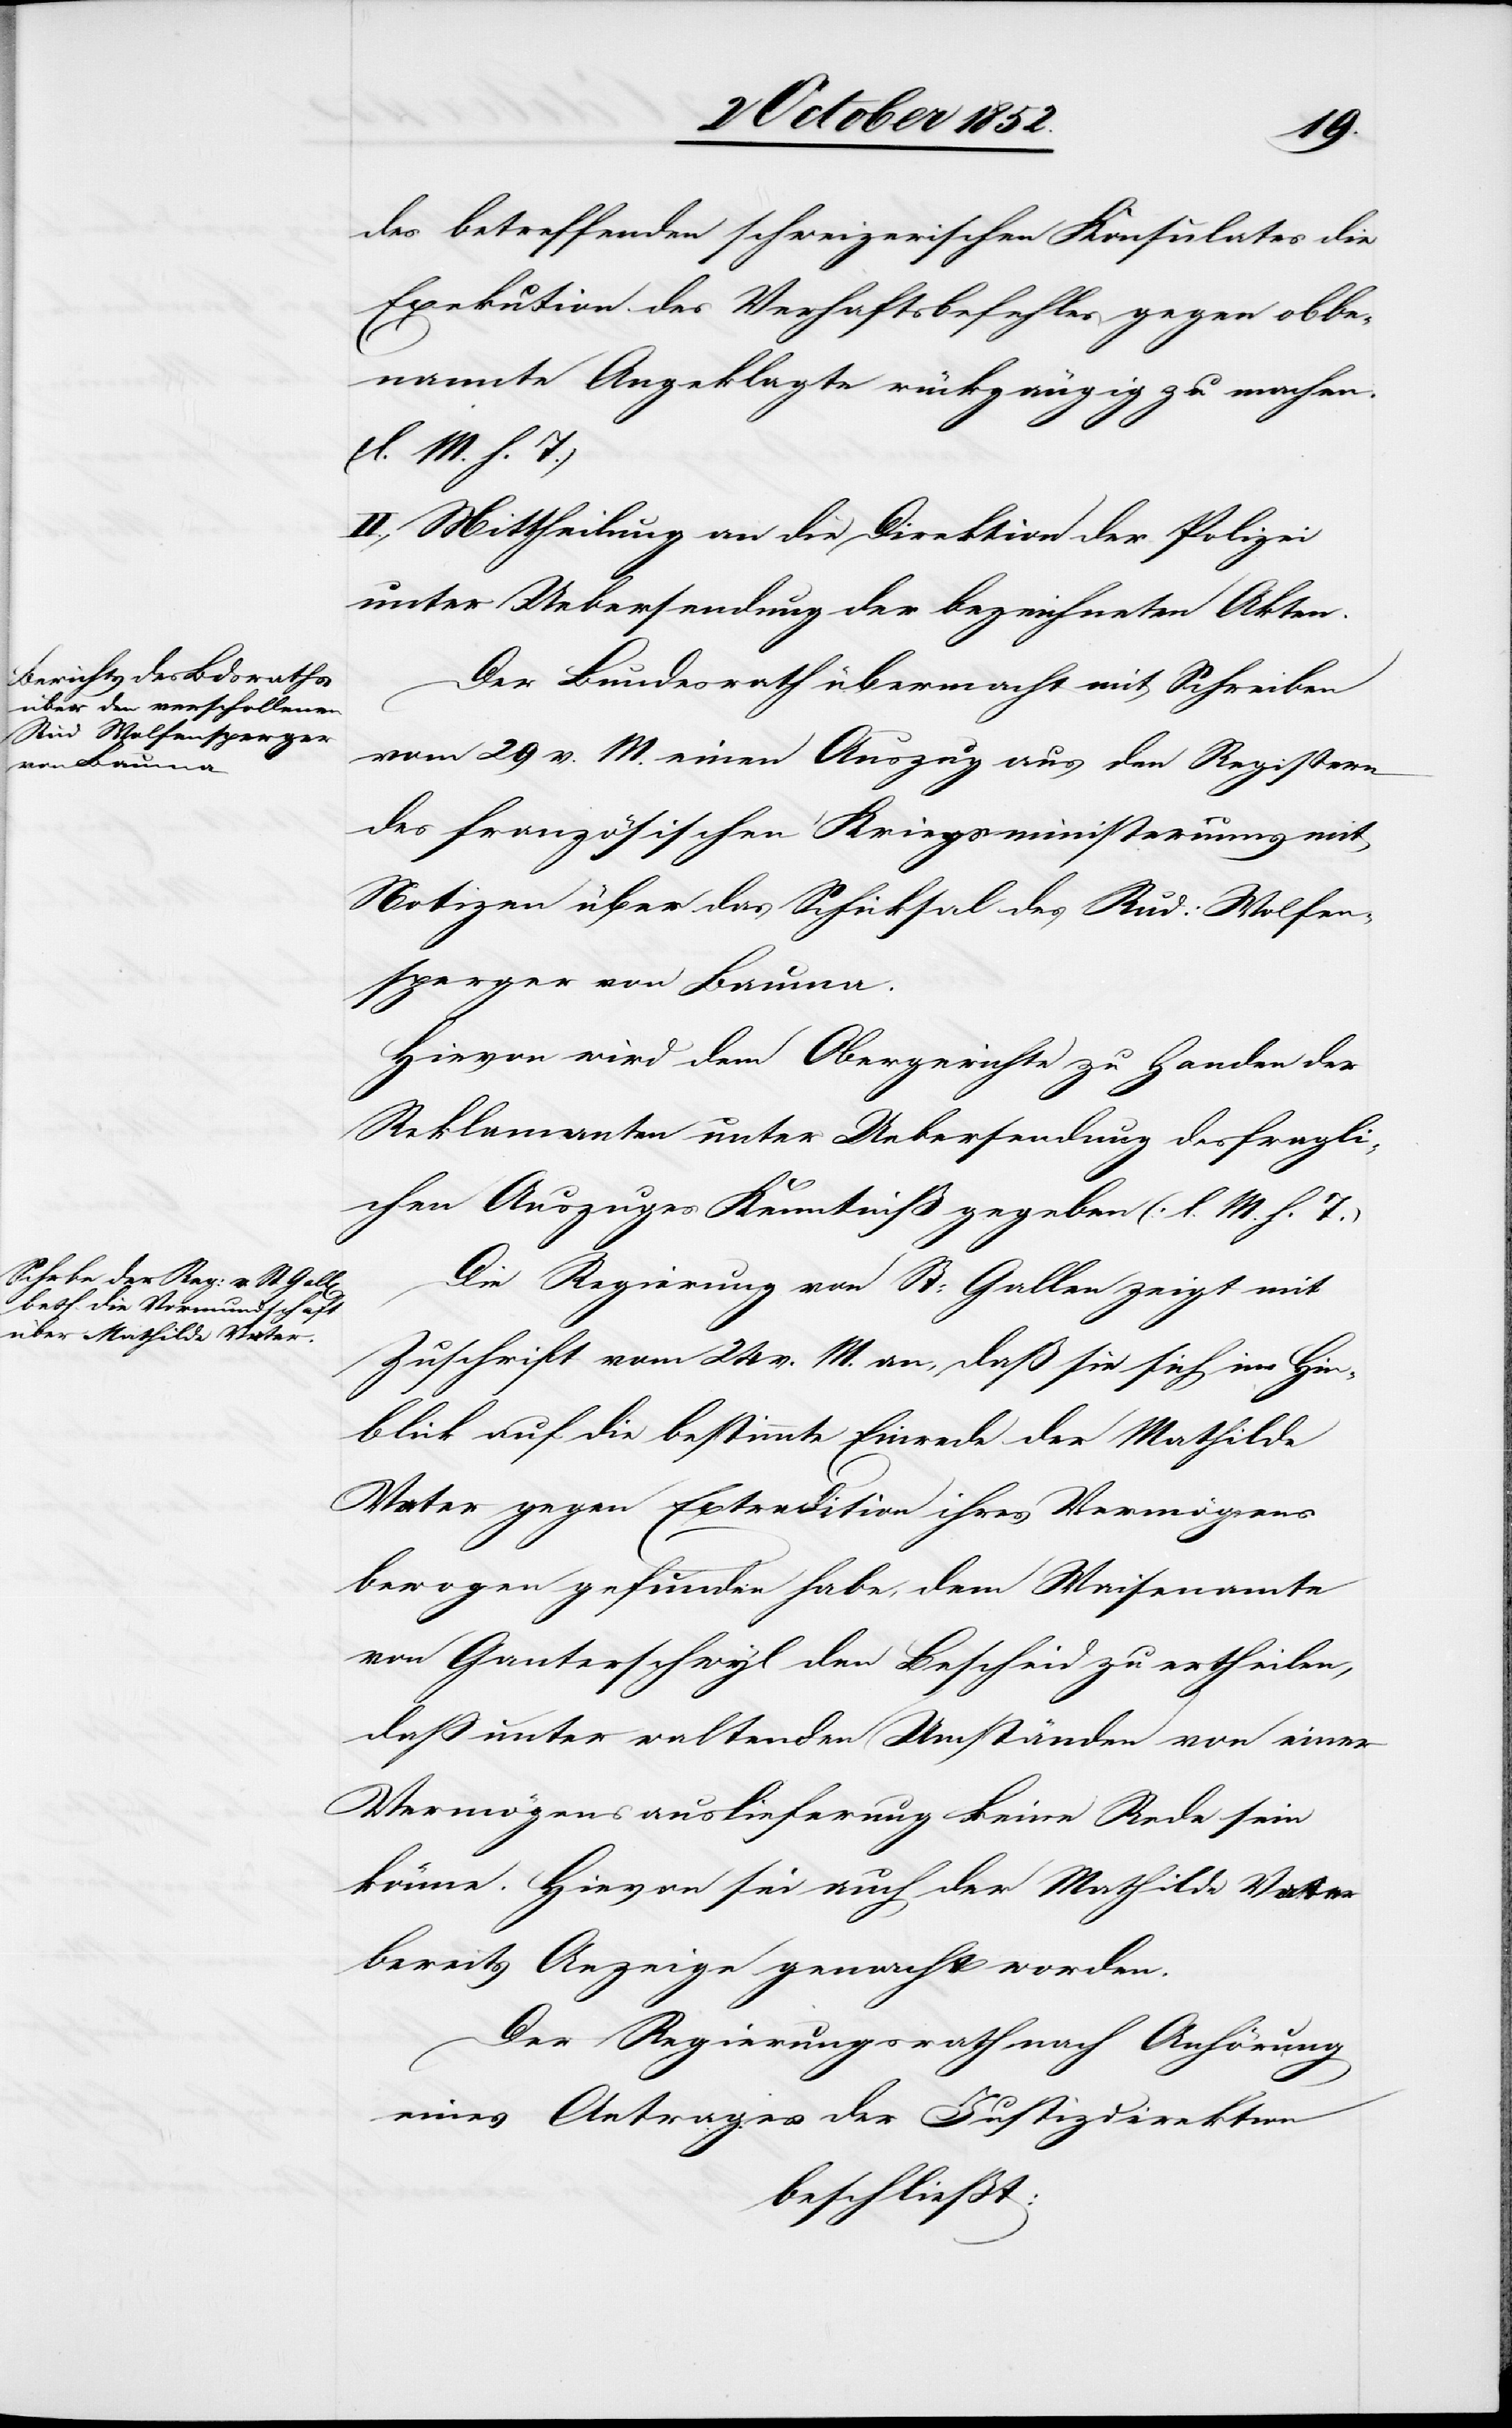
des betreffenden schweizerischen Konsulates die
Exekution des Verhaftsbefehles gegen obbe¬
nannte Angeklagte rückgängig zu machen.
(l. M. h. T.)
II., Mittheilung an die Direktion der Polizei
unter Uebersendung der bezeichneten Akten.
Der Bundesrath übermacht mit Schreiben
vom 29 v. M. einen Auszug aus den Registern
des französischen Kriegsministeriums mit
Notizen über das Schicksal des Rud: Wolfen¬
sperger von Bauma.
Hievon wird dem Obergerichte zu Handen der
Reklamanten unter Uebersendung des fragli¬
chen Auszuges Kenntniß gegeben (l. M. h. T.)
Die Regierung von St: Gallen zeigt mit
Zuschrift vom 24 v. M. an, daß sie sich im Hin¬
blick auf die bestimmte Einrede der Mathilde
Vater gegen Extradition ihres Vermögens
bewogen gefunden habe, dem Waisenamte
von Ganterschwyl den Bescheid zu ertheilen,
dass unter waltenden Umständen von einer
Vermögensauslieferung keine Rede sein
könne. Hievon sei auch der Mathilde Vater
bereits Anzeige gemacht worden.
Der Regierungsrath nach Anhörung
eines Antrages der Justizdirektion
beschließt: